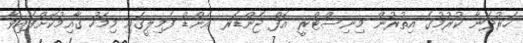
ހަރުދަނާ ކުރުމުގެ އިތުރުން މިނިސްޓްރީ އޮފް ޖެންޑަރ އެންޑް ފެމިލީގައި މިމަހު ގާއިމުކޮށްފައިވާ